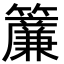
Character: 𬖄